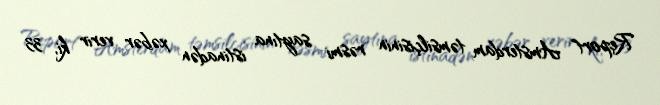
Report" Amsterdam təmsilçisinin rəsmi saytına istinadən xəbər verir ki, 33